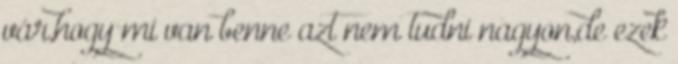
vár,hogy mi van benne azt nem tudni nagyon,de ezek